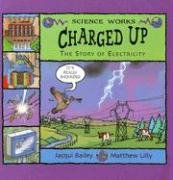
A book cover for Charged Up: The Story of Electricity (Science Works); Jacqui Bailey; Children's Books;